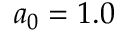
a _ { 0 } = 1 . 0